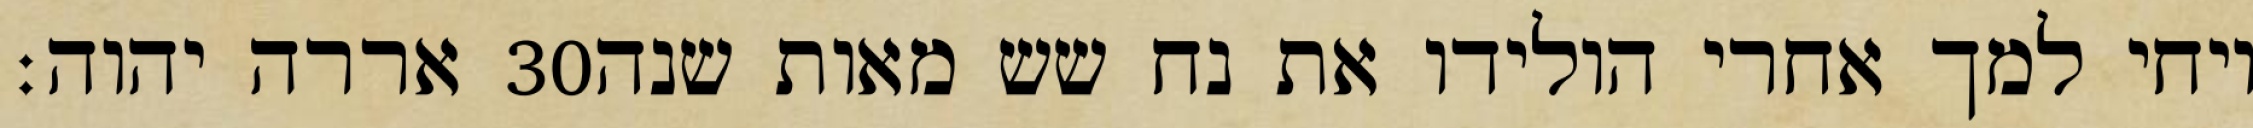
אררה יהוה׃ ‎30‏ ויחי למך אחרי הולידו את נח שש מאות שנה